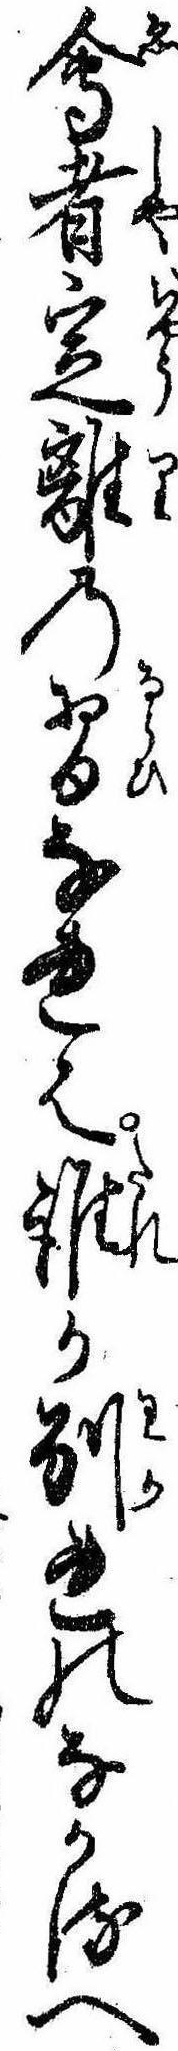
会者定離の習なれは誰か別れのなかるへ